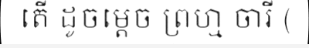
តើ ដូចម្តេច ព្រហ្ម ចារី (